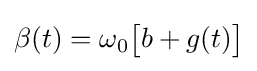
\beta (t)=\omega _{0}{\big [}b+g(t){\big ]}